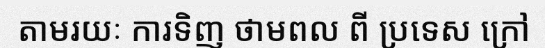
តាមរយៈ ការទិញ ថាមពល ពី ប្រទេស ក្រៅ